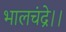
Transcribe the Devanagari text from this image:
भालचंद्रे।।